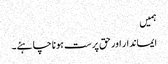
ہمیں
ایماندار اور حق پرست ہونا چاہئے۔